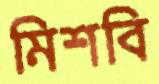
মিশবি